Indian journal of veterinary science and animal husbandry - Volume 14,
Year: 1944
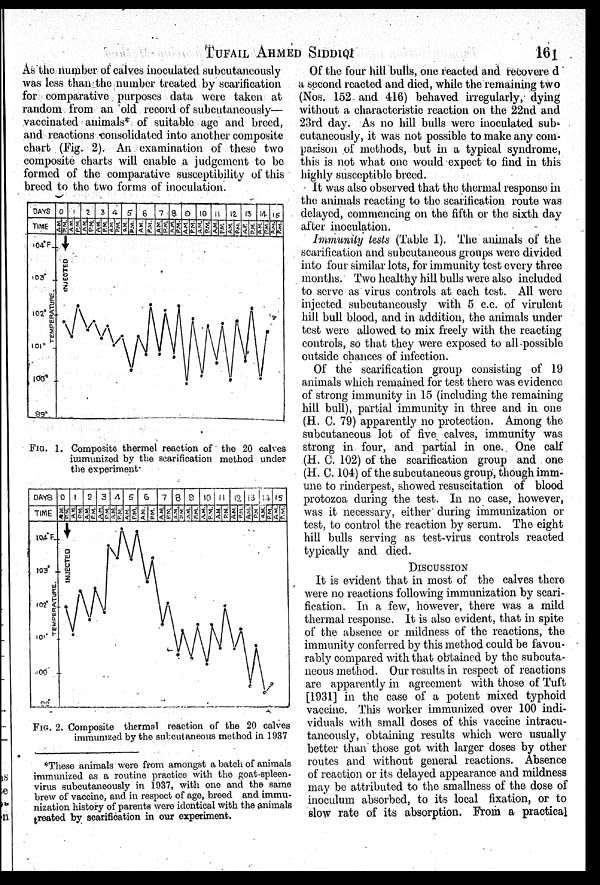
TUFAIL
AHMED
SIDDIQI
161
As the number of calves inoculated subcutaneously
was less than the number treated by scarification
for comparative purposes data were taken at
random from an old record of subcutaneously—
vaccinated animals* of suitable age and breed,
and reactions consolidated into another composite
chart (Fig. 2). An examination of these two
composite charts will enable a judgement to be
formed of the comparative susceptibility of this
breed to the two forms of inoculation.
FIG. 1. Composite thermel reaction of the 20 calves
immunized by the scarification method under
the experiment.
FIG. 2. Composite thermal reaction of the 20 calves
immunized by the subcutaneous method in 1937
Of the four hill bulls, one reacted and recovered
a second reacted and died, while the remaining two
(Nos. 152 and 416) behaved irregularly, dying
without a characteristic reaction on the 22nd and
23rd day. As no hill bulls were inoculated sub-
cutaneously, it was not possible to make any com-
parison of methods, but in a typical syndrome,
this is not what one would expect to find in this
highly susceptible breed.
It was also observed that the thermal response in
the animals reacting to the scarification route was
delayed, commencing on the fifth or the sixth day
after inoculation.
Immunity tests (Table I). The animals of the
scarification and subcutaneous groups were divided
into four similar lots, for immunity test every three
months. Two healthy hill bulls were also included
to serve as virus controls at each test. All were
injected subcutaneously with 5 c.c. of virulent
hill bull blood, and in addition, the animals under
test were allowed to mix freely with the reacting
controls, so that they were exposed to all possible
outside chances of infection.
Of the scarification group consisting of 19
animals which remained for test there was evidence
of strong immunity in 15 (including the remaining
hill bull), partial immunity in three and in one
(H. C. 79) apparently no protection. Among the
subcutaneous lot of five calves, immunity was
strong in four, and partial in one. One calf
(H. C. 102) of the scarification group and one
(H. C. 104) of the subcutaneous group, though imm-
une to rinderpest, showed resuscitation of blood
protozoa during the test. In no case, however,
was it necessary, either during immunization or
test, to control the reaction by serum. The eight
hill bulls serving as test-virus controls reacted
typically and died.
DISCUSSION
It is evident that in most of the calves there
were no reactions following immunization by scari-
fication. In a few, however, there was a mild
thermal response. It is also evident, that in spite
of the absence or mildness of the reactions, the
immunity conferred by this method could be favou-
rably compared with that obtained by the subcuta-
neous method. Our results in respect of reactions
are apparently in agreement with those of Tuft
[1931] in the case of a potent mixed typhoid
vaccine. This worker immunized over 100 indi-
viduals with small doses of this vaccine intracu-
taneously, obtaining results which were usually
better than those got with larger doses by other
routes and without general reactions. Absence
of reaction or its delayed appearance and mildness
may be attributed to the smallness of the dose of
inoculum absorbed, to its local fixation, or to
slow rate of its absorption. From a practical
*These animals were from amongst a batch of animals
immunized as a routine practice with the goat-spleen-
virus subcutaneously in 1937, with one and the same
brew of vaccine, and in respect of age, breed and immu-
nization history of parents were identical with the animals
treated by scarification in our experiment.